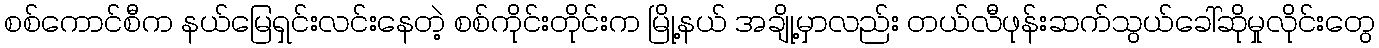
စစ်ကောင်စီက နယ်မြေရှင်းလင်းနေတဲ့ စစ်ကိုင်းတိုင်းက မြို့နယ် အချို့မှာလည်း တယ်လီဖုန်းဆက်သွယ်ခေါ်ဆိုမှုလိုင်းတွေ